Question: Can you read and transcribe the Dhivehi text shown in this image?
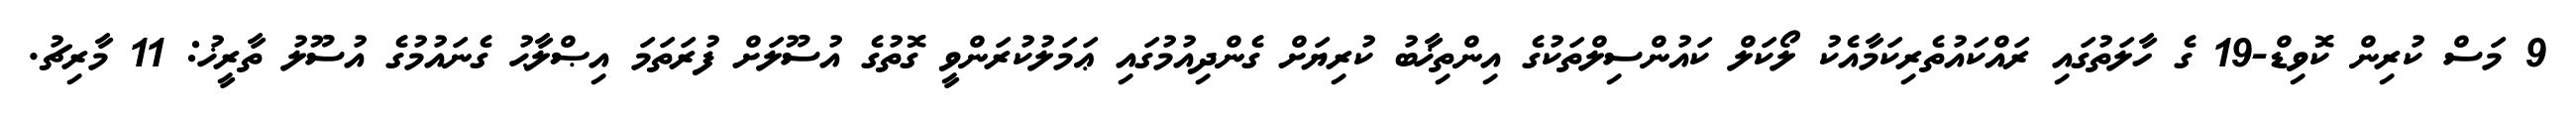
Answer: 9 މަސް ކުރިން ކޮވިޑް-19 ގެ ހާލަތުގައި ރައްކައުތެރިކަމާއެކު ލޯކަލް ކައުންސިލްތަކުގެ އިންތިޚާބު ކުރިޔަށް ގެންދިއުމުގައި ޢަމަލުކުރަންވީ ގޮތުގެ އުސޫލަށް ފުރަތަމަ އިޞްލާޙު ގެނައުމުގެ އުސޫލު ތާރީޚު: 11 މާރިޗު.